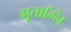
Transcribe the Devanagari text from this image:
भूताग्नि